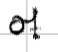
Text: of
Cross-out: clean
Writing tool: digital_black